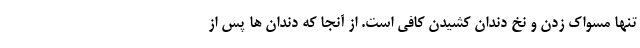
تنها مسواک زدن و نخ دندان کشیدن کافی است. از آنجا که دندان ها پس از